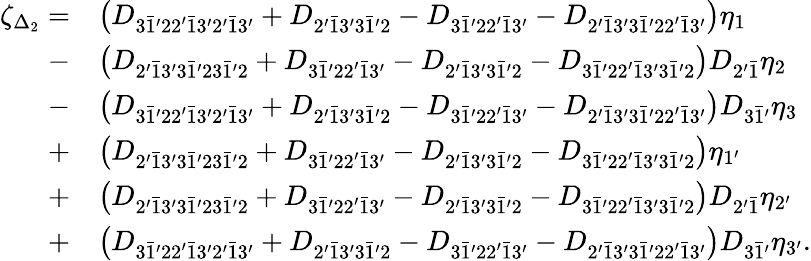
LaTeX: \begin{array}{rl}{\zeta_{\Delta_{2}}=}&{\left({{D_{3\bar{1}^{\prime}22^{\prime}\bar{1}3^{\prime}2^{\prime}\bar{1}3^{\prime}}}+{D_{2^{\prime}\bar{1}3^{\prime}3\bar{1}^{\prime}2}}-{D_{3\bar{1}^{\prime}22^{\prime}\bar{1}3^{\prime}}}-{D_{2^{\prime}\bar{1}3^{\prime}3\bar{1}^{\prime}22^{\prime}\bar{1}3^{\prime}}}}\right){\eta_{1}}}\\ {-}&{\left({{D_{2^{\prime}\bar{1}3^{\prime}3\bar{1}^{\prime}23\bar{1}^{\prime}2}}+{D_{3\bar{1}^{\prime}22^{\prime}\bar{1}3^{\prime}}}-{D_{2^{\prime}\bar{1}3^{\prime}3\bar{1}^{\prime}2}}-{D_{3\bar{1}^{\prime}22^{\prime}\bar{1}3^{\prime}3\bar{1}^{\prime}2}}}\right){D_{2^{\prime}\bar{1}}}{\eta_{2}}}\\ {-}&{\left({{D_{3\bar{1}^{\prime}22^{\prime}\bar{1}3^{\prime}2^{\prime}\bar{1}3^{\prime}}}+{D_{2^{\prime}\bar{1}3^{\prime}3\bar{1}^{\prime}2}}-{D_{3\bar{1}^{\prime}22^{\prime}\bar{1}3^{\prime}}}-{D_{2^{\prime}\bar{1}3^{\prime}3\bar{1}^{\prime}22^{\prime}\bar{1}3^{\prime}}}}\right){D_{3\bar{1}^{\prime}}}{\eta_{3}}}\\ {+}&{\left({{D_{2^{\prime}\bar{1}3^{\prime}3\bar{1}^{\prime}23\bar{1}^{\prime}2}}+{D_{3\bar{1}^{\prime}22^{\prime}\bar{1}3^{\prime}}}-{D_{2^{\prime}\bar{1}3^{\prime}3\bar{1}^{\prime}2}}-{D_{3\bar{1}^{\prime}22^{\prime}\bar{1}3^{\prime}3\bar{1}^{\prime}2}}}\right){\eta_{1^{\prime}}}}\\ {+}&{\left({{D_{2^{\prime}\bar{1}3^{\prime}3\bar{1}^{\prime}23\bar{1}^{\prime}2}}+{D_{3\bar{1}^{\prime}22^{\prime}\bar{1}3^{\prime}}}-{D_{2^{\prime}\bar{1}3^{\prime}3\bar{1}^{\prime}2}}-{D_{3\bar{1}^{\prime}22^{\prime}\bar{1}3^{\prime}3\bar{1}^{\prime}2}}}\right){D_{2^{\prime}\bar{1}}}{\eta_{2^{\prime}}}}\\ {+}&{\left({{D_{3\bar{1}^{\prime}22^{\prime}\bar{1}3^{\prime}2^{\prime}\bar{1}3^{\prime}}}+{D_{2^{\prime}\bar{1}3^{\prime}3\bar{1}^{\prime}2}}-{D_{3\bar{1}^{\prime}22^{\prime}\bar{1}3^{\prime}}}-{D_{2^{\prime}\bar{1}3^{\prime}3\bar{1}^{\prime}22^{\prime}\bar{1}3^{\prime}}}}\right){D_{3\bar{1}^{\prime}}}{\eta_{3^{\prime}}}.}\end{array}